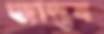
জান্তব